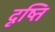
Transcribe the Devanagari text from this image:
दृष्ति